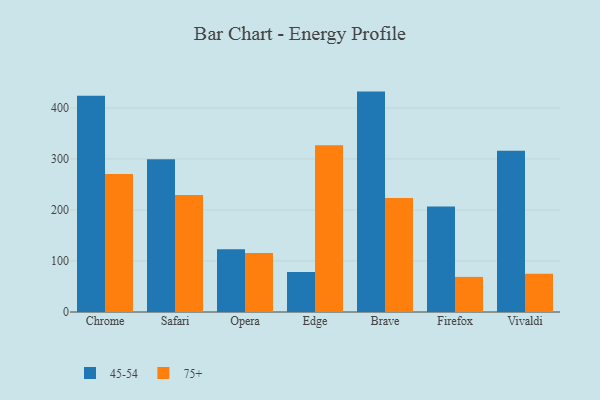
{"axis": {"x": "Browser", "y": "Tickets Resolved"}, "legend": ["45-54", "75+"], "data": [{"x": "Chrome", "y": 423.9, "type": "45-54"}, {"x": "Chrome", "y": 270.6, "type": "75+"}, {"x": "Safari", "y": 299.3, "type": "45-54"}, {"x": "Safari", "y": 229.3, "type": "75+"}, {"x": "Opera", "y": 123.0, "type": "45-54"}, {"x": "Opera", "y": 115.8, "type": "75+"}, {"x": "Edge", "y": 78.6, "type": "45-54"}, {"x": "Edge", "y": 327.0, "type": "75+"}, {"x": "Brave", "y": 432.0, "type": "45-54"}, {"x": "Brave", "y": 223.5, "type": "75+"}, {"x": "Firefox", "y": 206.6, "type": "45-54"}, {"x": "Firefox", "y": 68.8, "type": "75+"}, {"x": "Vivaldi", "y": 316.2, "type": "45-54"}, {"x": "Vivaldi", "y": 74.8, "type": "75+"}]}